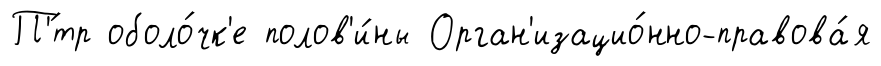
П'́тр оболо́чк'е полов'и́ны Орган'изацио́нно-правова́я